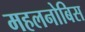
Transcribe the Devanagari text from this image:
महलनोबिस